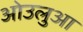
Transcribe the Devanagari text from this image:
ओउलुआ